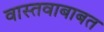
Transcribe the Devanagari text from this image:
वास्तवाबाबत